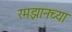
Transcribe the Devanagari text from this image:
रमझानच्या